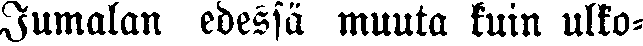
Jumalan edessä muuta kuin ulko-